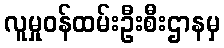
လူမှုဝန်ထမ်းဦးစီးဌာနမှ